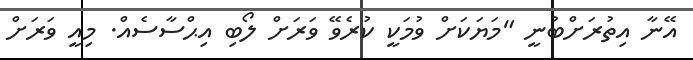
އޭނާ އިތުރަށްބުނީ "މަޔަކަށް ވުމަކީ ކުރެވޭ ވަރަށް ލޯބި އިޙްސާސެއް. މިއީ ވަރަށް